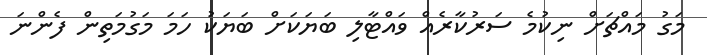
މަގު މައްޗަށް ނިކުމެ ސަރުކާރެއް ވައްޓާލި ބަޔަކަށް ބަޔަކު ހަމަ މަގުމަތިން ފެންނަ